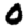
Digit: 0